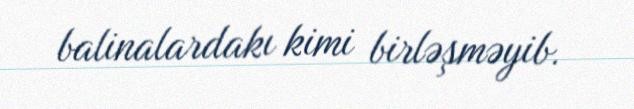
balinalardakı kimi birləşməyib.